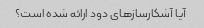
آیا آشکارسازهای دود ارائه شده است؟